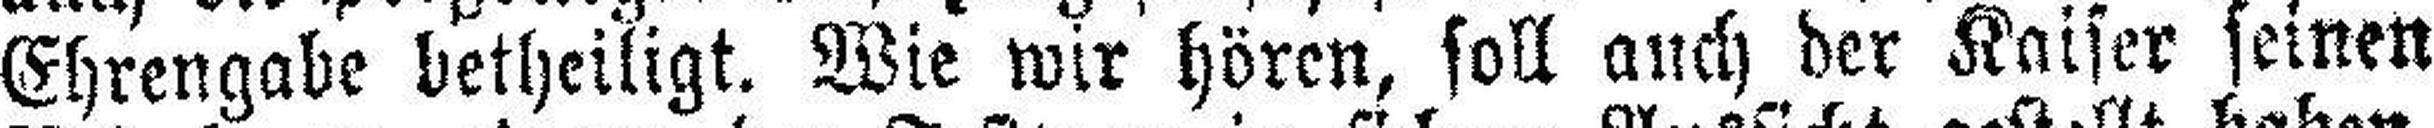
Ehrengabe betheiligt. Wie wir hören, soll auch der Kaiser seinen